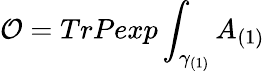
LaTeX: {\cal O}=TrPexp\int_{\gamma_{(1)}}A_{(1)}